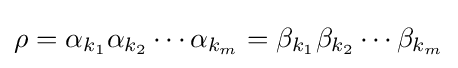
\rho =\alpha _{k_{1}}\alpha _{k_{2}}\dotsb \alpha _{k_{m}}=\beta _{k_{1}}\beta _{k_{2}}\dotsb \beta _{k_{m}}